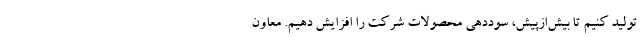
تولید کنیم تا بیش‌ازپیش، سوددهی محصولات شرکت را افزایش دهیم. معاون